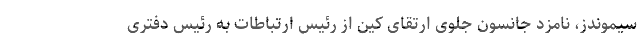
سیموندز، نامزد جانسون جلوی ارتقای کین از رئیس ارتباطات به رئیس دفتری